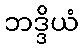
ဘဒ္ဒိယံ